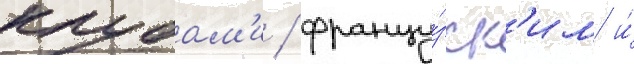
клубам'и / францу́зск'им и́